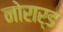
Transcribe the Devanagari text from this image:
नोरार्ड